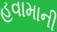
હવામાની